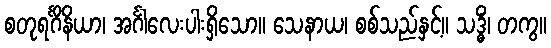
စတုရင်္ဂိနိယာ၊ အင်္ဂါလေးပါးရှိသော။ သေနာယ၊ စစ်သည်နှင့်။ သဒ္ဓိံ၊ တကွ။